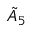
{ \tilde { A } } _ { 5 }